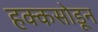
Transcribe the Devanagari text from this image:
हक्कसोडून